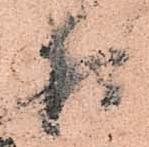
様